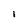
Character: I